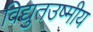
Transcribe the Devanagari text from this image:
विद्युतउष्मीय